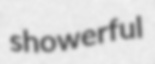
showerful